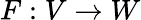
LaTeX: F:V\rightarrow W